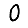
Digit: 0